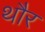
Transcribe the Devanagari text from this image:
थौर